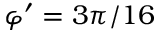
\varphi ^ { \prime } = 3 \pi / 1 6